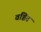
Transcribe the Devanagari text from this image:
वञ्चित